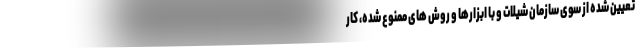
تعیین شده از سوی سازمان شیلات و با ابزارها و روش های ممنوع شده، کار